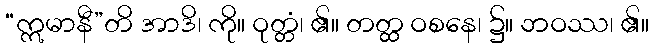
“ဣမာနီ”တိ အာဒိ၊ ကို။ ဝုတ္တံ၊ ၏။ တတ္ထ ဝစနေ၊ ၌။ ဘဝဿ၊ ၏။